Vaccination in the Punjab 1905-1918 - 1905-1918
Year: 1905
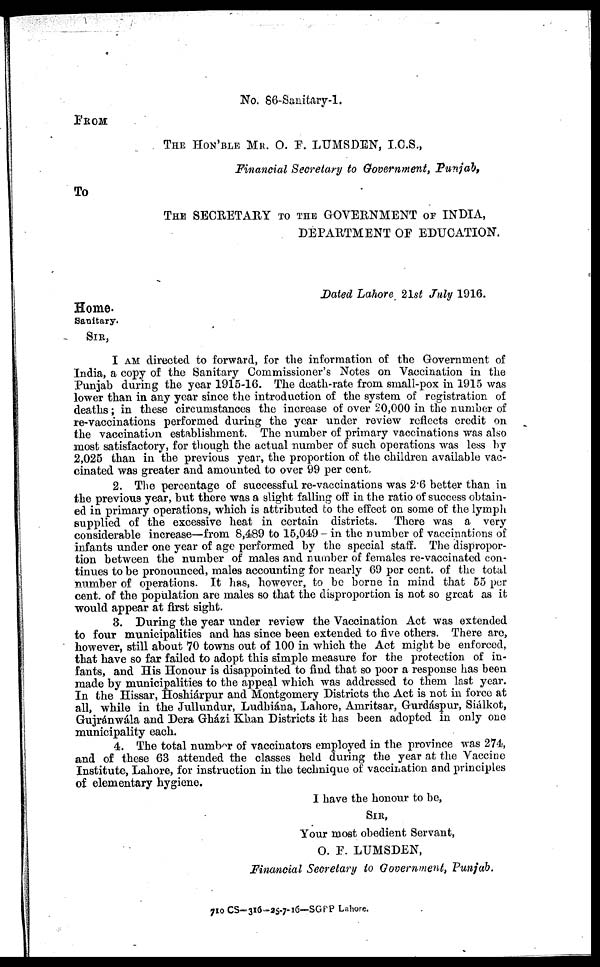
No. 86-Sanitary-1.
FROM
THE HON'BLE MR. O. F. LUMSDEN, I.C.S.,
Financial Secretary to Government, Punjab,
To
THE SECRETARY TO THE GOVERNMENT OF INDIA,
DEPARTMENT OF EDUCATION.
Dated Lahore 21st July 1916.
Home.
Sanitary.
SIR,
I AM directed to forward, for the information of the Government of
India, a copy of the Sanitary Commissioner's Notes on Vaccination in the
Punjab during the year 1915-16. The death-rate from small-pox in 1915 was
lower than in any year since the introduction of the system of registration of
deaths; in these circumstances the increase of over 20,000 in the number of
re-vaccinations performed during the year under review reflects credit on
the vaccination establishment. The number of primary vaccinations was also
most satisfactory, for though the actual number of such operations was less by
2,025 than in the previous year, the proportion of the children available vac-
cinated was greater and amounted to over 99 per cent.
2. The percentage of successful re-vaccinations was 2.6 better than in
the previous year, but there was a slight falling off in the ratio of success obtain-
ed in primary operations, which is attributed to the effect on some of the lymph
supplied of the excessive heat in certain districts. There was a very
considerable increase—from 8,489 to 15,049- in the number of vaccinations of
infants under one year of age performed by the special staff. The dispropor-
tion between the number of males and number of females re-vaccinated con-
tinues to be pronounced, males accounting for nearly 69 per cent. of the total
number of operations. It has, however, to be borne in mind that 55 per
cent. of the population are males so that the disproportion is not so great as it
would appear at first sight.
3. During the year under review the Vaccination Act was extended
to four municipalities and has since been extended to five others. There are,
however, still about 70 towns out of 100 in which the Act might be enforced,
that have so far failed to adopt this simple measure for the protection of in-
fants, and His Honour is disappointed to find that so poor a response has been
made by municipalities to the appeal which was addressed to them last year.
In the Hissar, Hoshiárpur and Montgomery Districts the Act is not in force at
all, while in the Jullundur, Ludhiána, Lahore, Amritsar, Gurdáspur, Siálkot,
Gujránwála and Dera Gházi Khan Districts it has been adopted in only one
municipality each.
4. The total number of vaccinators employed in the province was 274,
and of these 63 attended the classes held during the year at the Vaccine
Institute, Lahore, for instruction in the technique of vaccination and principles
of elementary hygiene.
I have the honour to be,
SIR,
Your most obedient Servant,
O. P. LUMSDEN,
Financial Secretary to Government, Punjab.
710 CS—316-25-7-16—SGPP Lahore.